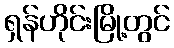
ရှန်ဟိုင်းမြို့တွင်